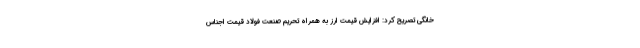
خانگی تصریح کرد: افزایش قیمت ارز به همراه تحریم صنعت فولاد قیمت اجناس